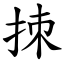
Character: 拺